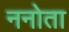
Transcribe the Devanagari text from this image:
ननोता